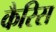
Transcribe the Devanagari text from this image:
कैरिस